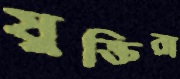
যুক্তিরা